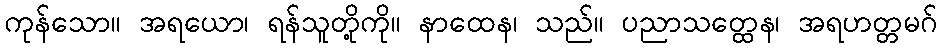
ကုန်သော။ အရယော၊ ရန်သူတို့ကို။ နာထေန၊ သည်။ ပညာသတ္ထေန၊ အရဟတ္တမဂ်